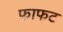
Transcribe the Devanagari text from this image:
फाफट